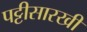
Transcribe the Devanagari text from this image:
पट्टीसारखी